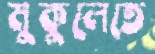
মুকুলেতে